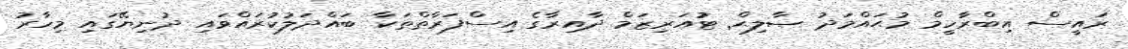
ރައީސް އިބްރާހީމް މުޙައްމަދު ޞާލިޙް